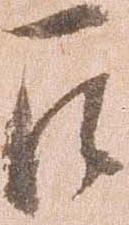
召